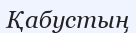
Қабустың